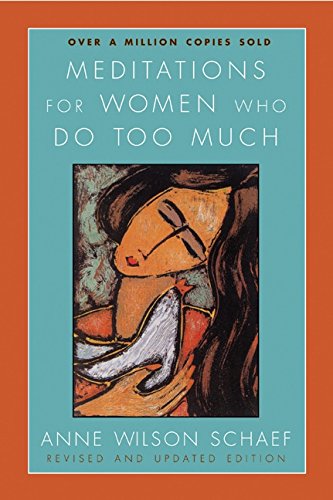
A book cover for Meditations for Women Who Do Too Much - Revised edition; Anne Wilson Schaef; Self-Help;